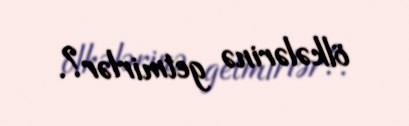
ölkələrinə getmirlər?.